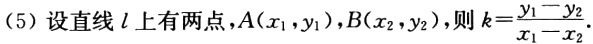
(5) 设直线 \(l\) 上有两点，\(A(x_{1},y_{1}),B(x_{2},y_{2})\)，则 \(k = \frac{y_{1}-y_{2}}{x_{1}-x_{2}}\).